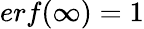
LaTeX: erf(\infty)=1